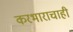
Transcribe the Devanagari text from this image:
करभाराचाही